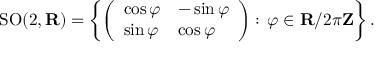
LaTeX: \operatorname { S O } ( 2 , \mathbf { R } ) = \left\{ { \left( \begin{array} { l l } { \cos \varphi } & { - \sin \varphi } \\ { \sin \varphi } & { \cos \varphi } \end{array} \right) } : \, \varphi \in \mathbf { R } / 2 \pi \mathbf { Z } \right\} .